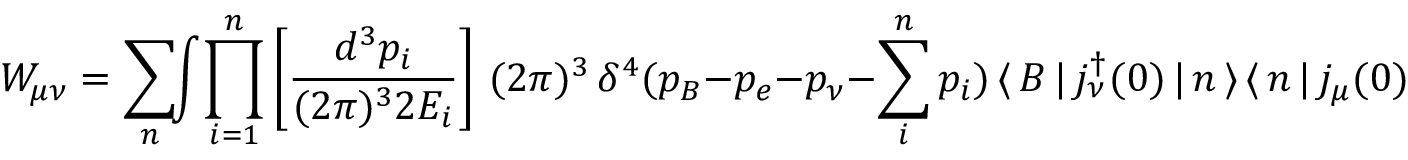
W _ { \mu \nu } = \sum _ { n } \! \! \int \! \prod _ { i = 1 } ^ { n } \left[ \frac { d ^ { 3 } p _ { i } } { ( 2 \pi ) ^ { 3 } 2 E _ { i } } \right] \, ( 2 \pi ) ^ { 3 } \, \delta ^ { 4 } ( p _ { B } - p _ { e } - p _ { \nu } - \sum _ { i } ^ { n } p _ { i } ) \, \langle \, B \, | \, j _ { \nu } ^ { \dagger } ( 0 ) \, | \, n \, \rangle \, \langle \, n \, | \, j _ { \mu } ( 0 ) \, | \, B \, \rangle .